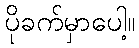
ပိုခက်မှာပေါ့။